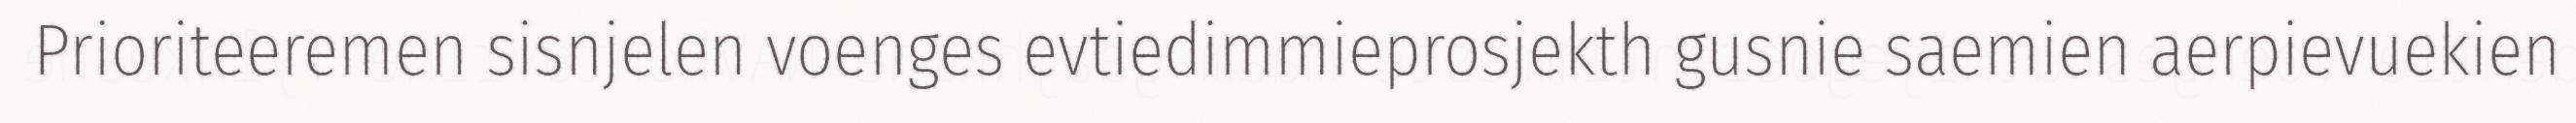
Prioriteeremen sisnjelen voenges evtiedimmieprosjekth gusnie saemien aerpievuekien